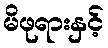
မိဖုရားနှင့်